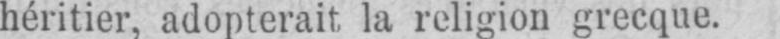
héritier, adopterait, la religion grecque.